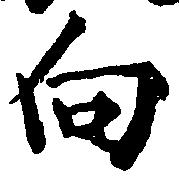
向